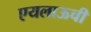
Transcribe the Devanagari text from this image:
एयलाऊची